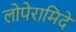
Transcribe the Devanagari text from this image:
लोपेरामिदे